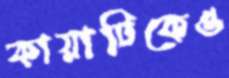
কায়াটিকেও